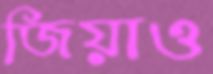
জিয়াও